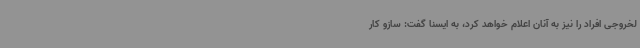
لخروجی افراد را نیز به آنان اعلام خواهد کرد، به ایسنا گفت: سازو کار